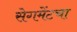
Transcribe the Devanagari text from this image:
सेगमेंटचा